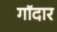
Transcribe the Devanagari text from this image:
गॉदार